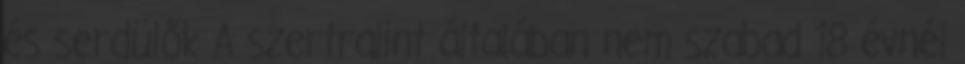
és serdülők A szertralint általában nem szabad 18 évnél